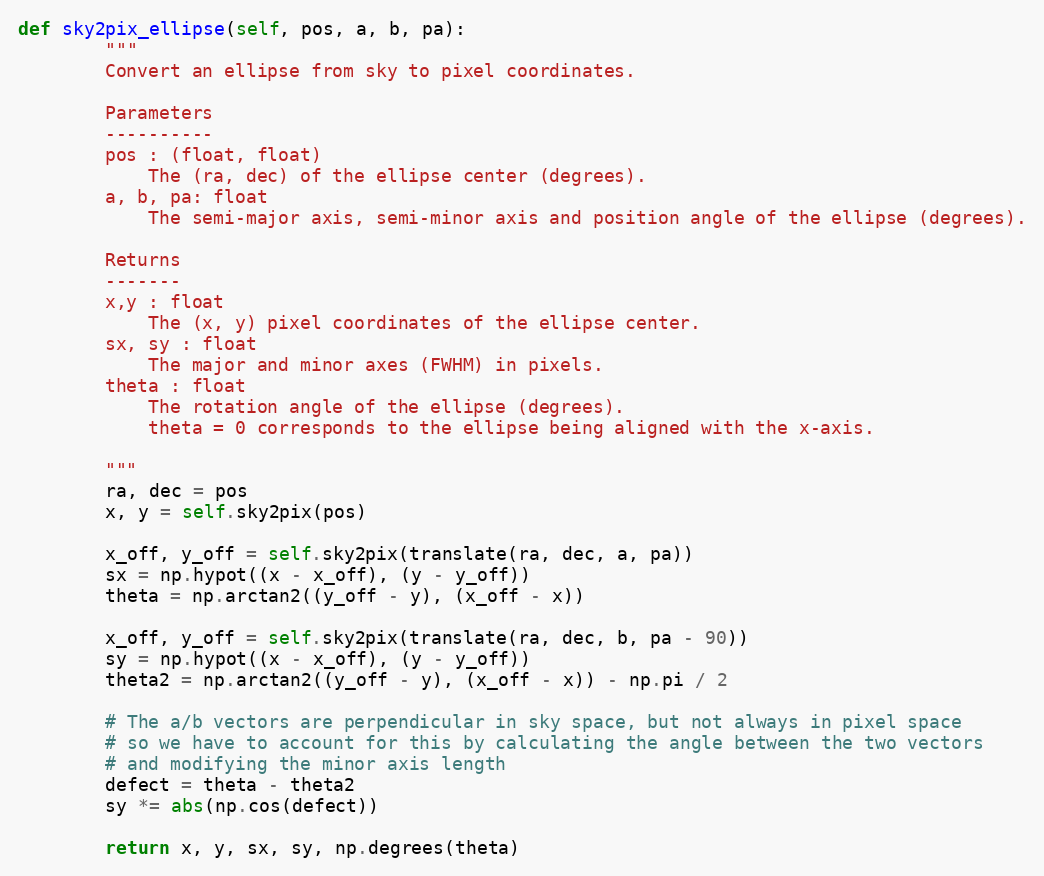
Language: Python
def sky2pix_ellipse(self, pos, a, b, pa):
        """
        Convert an ellipse from sky to pixel coordinates.

        Parameters
        ----------
        pos : (float, float)
            The (ra, dec) of the ellipse center (degrees).
        a, b, pa: float
            The semi-major axis, semi-minor axis and position angle of the ellipse (degrees).

        Returns
        -------
        x,y : float
            The (x, y) pixel coordinates of the ellipse center.
        sx, sy : float
            The major and minor axes (FWHM) in pixels.
        theta : float
            The rotation angle of the ellipse (degrees).
            theta = 0 corresponds to the ellipse being aligned with the x-axis.

        """
        ra, dec = pos
        x, y = self.sky2pix(pos)

        x_off, y_off = self.sky2pix(translate(ra, dec, a, pa))
        sx = np.hypot((x - x_off), (y - y_off))
        theta = np.arctan2((y_off - y), (x_off - x))

        x_off, y_off = self.sky2pix(translate(ra, dec, b, pa - 90))
        sy = np.hypot((x - x_off), (y - y_off))
        theta2 = np.arctan2((y_off - y), (x_off - x)) - np.pi / 2

        # The a/b vectors are perpendicular in sky space, but not always in pixel space
        # so we have to account for this by calculating the angle between the two vectors
        # and modifying the minor axis length
        defect = theta - theta2
        sy *= abs(np.cos(defect))

        return x, y, sx, sy, np.degrees(theta)